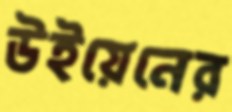
উইয়েনের